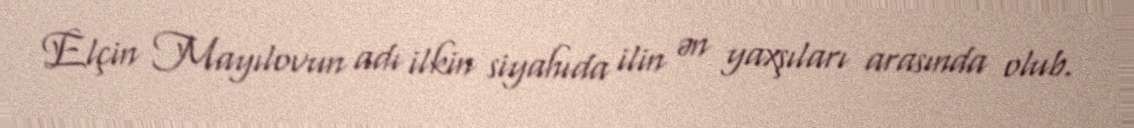
Elçin Mayılovun adı ilkin siyahıda ilin ən yaxşıları arasında olub.